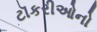
ટૉકરીઓનો